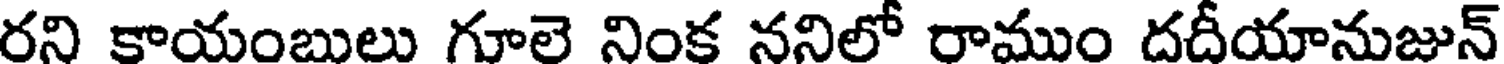
రని కాయంబులు గూలె నింక ననిలో రాముం దదీయానుజున్